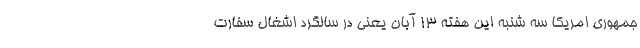
جمهوری امریکا سه شنبه این هفته 13 آبان یعنی در سالگرد اشغال سفارت